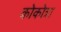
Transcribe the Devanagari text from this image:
कोकोत्रा